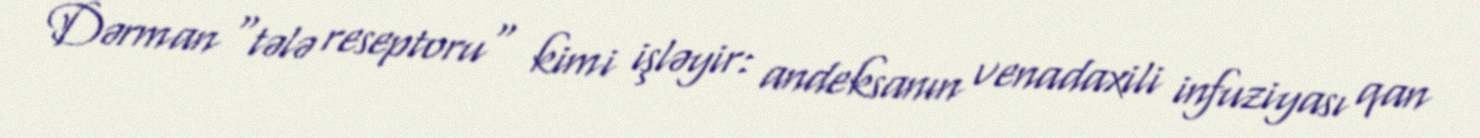
Dərman "tələ reseptoru" kimi işləyir: andeksanın venadaxili infuziyası qan